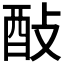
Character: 𨠃